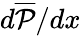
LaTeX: d\overline{{\mathcal{P}}}/dx